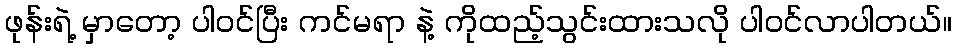
ဖုန်းရဲ့ မှာတော့ ပါဝင်ပြီး ကင်မရာ နဲ့ ကိုထည့်သွင်းထားသလို ပါဝင်လာပါတယ်။